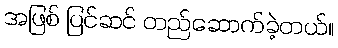
အဖြစ် ပြင်ဆင် တည်ဆောက်ခဲ့တယ်။